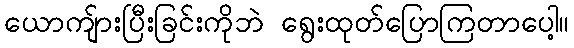
ယောကျ်ားပြီးခြင်းကိုဘဲ ရွေးထုတ်ပြောကြတာပေါ့။